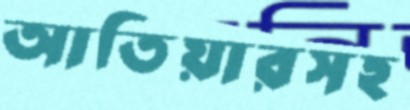
আতিয়ারসহ